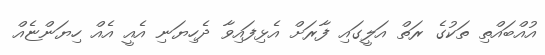
އުއްބައްތި ތަކުގެ ރަތް އަލީގައި ފާރަށް އެޅިފައިވާ ދެހިޔަނި އެއީ އެއް ހިޔަންޏެއް